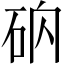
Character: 𥑚